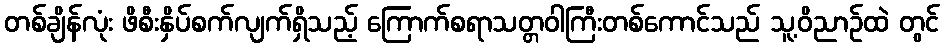
တစ်ချိန်လုံး ဖိစီးနှိပ်စက်လျက်ရှိသည့် ကြောက်စရာသတ္တဝါကြီးတစ်ကောင်သည် သူ့ဝိညာဉ်ထဲ တွင်